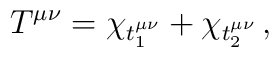
T_{\;\;}^{\mu \nu }=\chi _{t_{1}^{\mu \nu }}+\chi _{t_{2}^{\mu \nu }}\,,